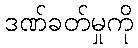
ဒဏ်ခတ်မှုကို